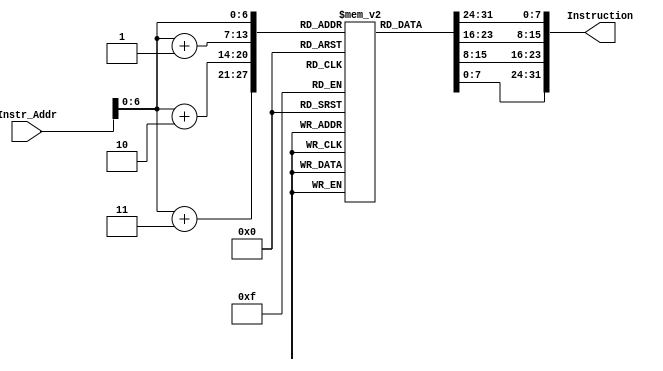
/*
 *	Template for Project 2 Part 1
 *	Copyright (C) 2022  Chen Chia Yi or any person belong ESSLab.
 *	All Right Reserved.
 *
 *	This program is free software: you can redistribute it and/or modify
 *	it under the terms of the GNU General Public License as published by
 *	the Free Software Foundation, either version 3 of the License, or
 *	(at your option) any later version.
 *
 *	This program is distributed in the hope that it will be useful,
 *	but WITHOUT ANY WARRANTY; without even the implied warranty of
 *	MERCHANTABILITY or FITNESS FOR A PARTICULAR PURPOSE.  See the
 *	GNU General Public License for more details.
 *
 *	You should have received a copy of the GNU General Public License
 *	along with this program.  If not, see <https://www.gnu.org/licenses/>.
 *
 *	This file is for people who have taken the cource (1102 Computer
 *	Organizarion) to use.
 *	We (ESSLab) are not responsible for any illegal use.
 *
 */

/*
 * Macro of size declaration of instruction memory
 * CAUTION: DONT MODIFY THE NAME AND VALUE.
 */
`define INSTR_MEM_SIZE	128	// Bytes

/*
 * Declaration of Instruction Memory for this project.
 * CAUTION: DONT MODIFY THE NAME.
 */
module IM(
	// Outputs
	output [31:0]Instruction,
	// Inputs
	input [31:0]Instr_Addr
);

	/*
	 * Declaration of instruction memory.
	 * CAUTION: DONT MODIFY THE NAME AND SIZE.
	 */
	reg [7:0]InstrMem[0:`INSTR_MEM_SIZE - 1];
	assign Instruction = {InstrMem[Instr_Addr], InstrMem[Instr_Addr+1], InstrMem[Instr_Addr+2], InstrMem[Instr_Addr+3]};
endmodule